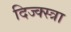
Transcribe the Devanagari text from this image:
दिज्क्स्त्रा